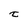
Character: t